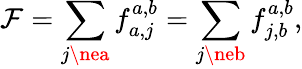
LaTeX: \mathcal{F}=\sum_{j\nea}f_{a,j}^{a,b}=\sum_{j\neb}f_{j,b}^{a,b},